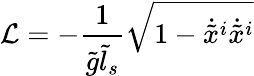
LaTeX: {\cal L}=-\frac{1}{\tilde{g}\tilde{l}_{s}}\sqrt{1-\dot{\tilde{x}}^{i}\dot{\tilde{x}}^{i}}